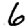
Digit: 6